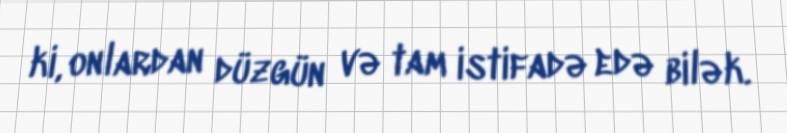
ki, onlardan düzgün və tam istifadə edə bilək.